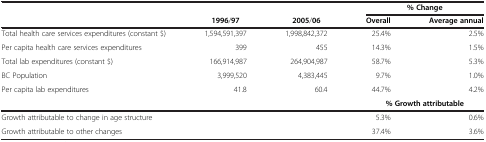
|  |  |  | <COLSPAN=2> %Change |
 |  | 1996/97 | 2005/06 | Overall | Average annual |
 | --- | --- | --- | --- | --- |
 | Total health care services expenditures (constant $) | 1,594,591,397 | 1,998,842,372 | 25.4% | 2.5% |
 | Per capita health care services expenditures | 399 | 455 | 14.3% | 1.5% |
 | Total lab expenditures (constant $) | 166,914,987 | 264,904,987 | 58.7% | 5.3% |
 | BC Population | 3,999,520 | 4,383,445 | 9.7% | 1.0% |
 | Per capita lab expenditures | 41.8 | 60.4 | 44.7% | 4.2% |
 |  |  |  | <COLSPAN=2> %Growth attributable |
 | Growth attributable to change in age structure |  |  | 5.3% | 0.6% |
 | Growth attributable to other changes |  |  | 37.4% | 3.6% |